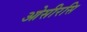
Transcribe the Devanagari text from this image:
ओसीरसि